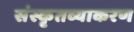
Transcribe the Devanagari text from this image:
संस्कृतव्याकरण